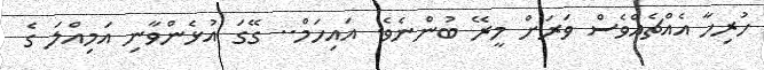
ހުރިހާ އެއްޗެއްވެސް ވަރަށް މީރޭ ބުންނެވެ. އައިހަމް.. ގޭގަ އުޅެންވާނި އަމިއްލަ ގެ